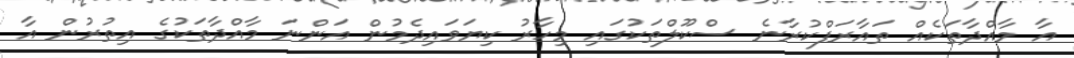
އާ މާއްދާތަކެއް ތައާރަފްކުރާނެ ސްކޫލްތަކުގައި މިހާރު ކިޔަވައިދެމުން އަންނަ މާއްދާތަކުގެ އިތުރުން އާ